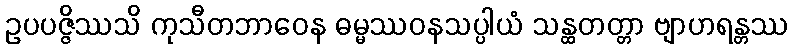
ဥပပဇ္ဇိဿသိ ကုသီတဘာဝေန ဓမ္မဿဝနသပ္ပါယံ သန္ထတတ္တာ ဗျာဟရန္တဿ